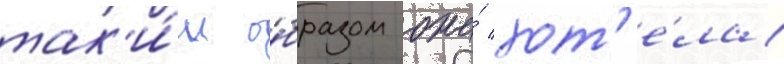
так'и́м о́бразом она́ хот'е́ла